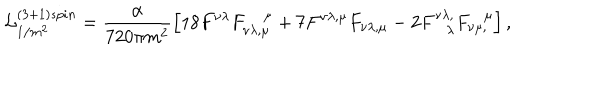
{ \cal L } _ { 1 / m ^ { 2 } } ^ { ( 3 + 1 ) s p i n } = \frac { \alpha } { 7 2 0 \pi m ^ { 2 } } \left[ 1 8 F ^ { \nu \lambda } F _ { \nu \lambda , \mu } ^ { ~ \mu } + 7 F ^ { \nu \lambda , \mu } F _ { \nu \lambda , \mu } - 2 F _ { \lambda } ^ { \nu \lambda , } F _ { \nu \mu , } ^ { \mu } \right] ,